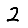
Digit: 2